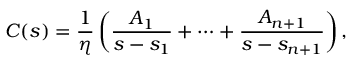
C ( s ) = \frac { 1 } { \eta } \left( \frac { A _ { 1 } } { s - s _ { 1 } } + \cdots + \frac { A _ { n + 1 } } { s - s _ { n + 1 } } \right) ,